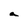
Character: a